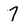
Character: 7